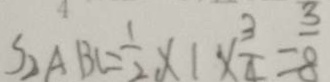
S _ { \Delta A B C } = \frac { 1 } { 2 } \times 1 \times \frac { 3 } { 4 } = \frac { 3 } { 8 }